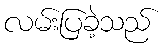
လမ်းပြခဲ့သည်